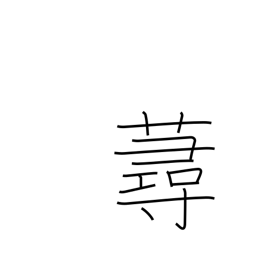
Meaning: a kind of grass